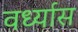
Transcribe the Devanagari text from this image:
वर्ध्यास